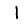
Digit: 1